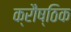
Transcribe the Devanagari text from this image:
क्रौष्ठिक